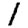
Digit: 1